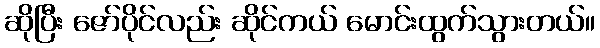
ဆိုပြီး ဇော်ပိုင်လည်း ဆိုင်ကယ် မောင်းထွက်သွားတယ်။